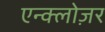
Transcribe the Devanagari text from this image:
एन्क्लोज़र